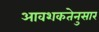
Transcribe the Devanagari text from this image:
आवशकतेनुसार